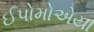
ઈપોમોએયા